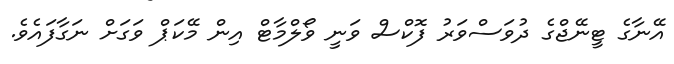
އޭނާގެ ޓީނޭޖްގެ ދުވަސްވަރު ފޮކްސް ވަނީ ވޯލްމާޓް އިން މޭކަޕް ވަގަށް ނަގާފައެވެ.